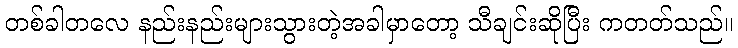
တစ်ခါတလေ နည်းနည်းများသွားတဲ့အခါမှာတော့ သီချင်းဆိုပြီး ကတတ်သည်။